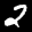
Label: 2